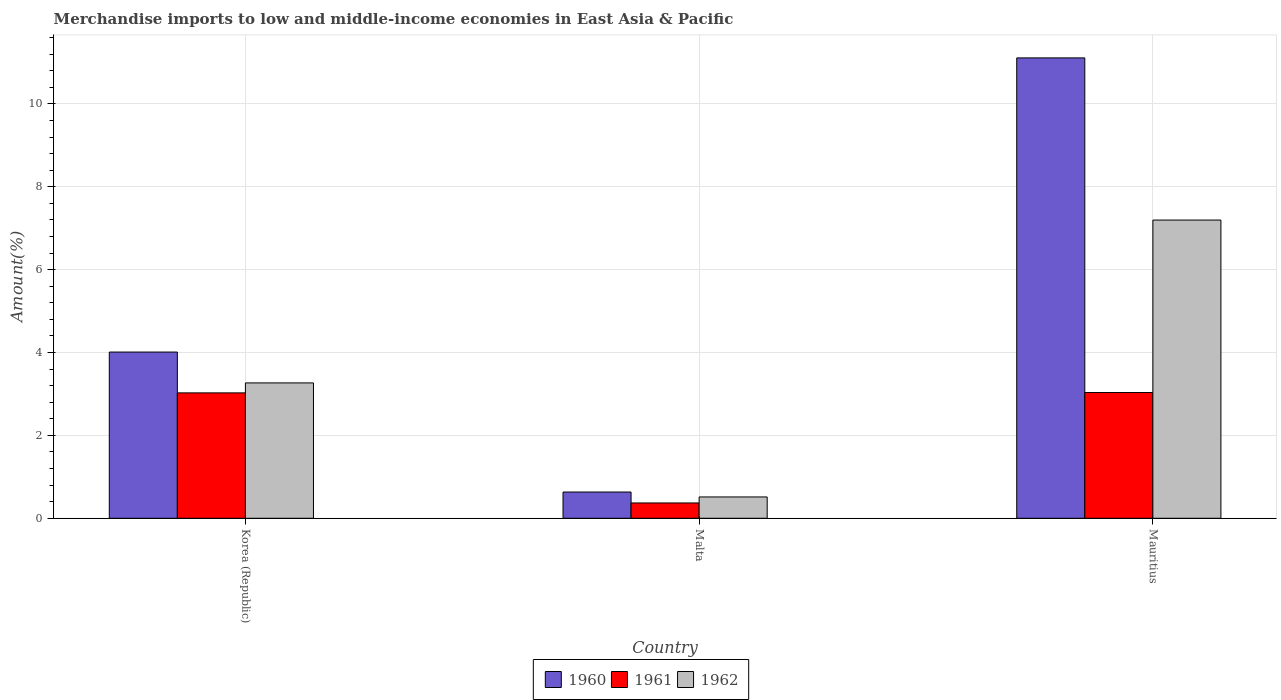
| Country | 1960 | 1961 | 1962 |
 | --- | --- | --- | --- |
 | Korea (Republic) | 4.01 | 3.03 | 3.27 |
 | Malta | 0.634 | 0.369 | 0.515 |
 | Mauritius | 11.1 | 3.03 | 7.2 |